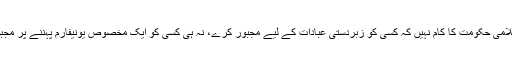
جواب: جی بالکل اسلامی حکومت کا کام نہیں کہ کسی کو زبردستی عبادات کے لیے مجبور کرے، نہ ہی کسی کو ایک مخصوص یونیفارم پہننے پر مجبور کیا جا سکتا ہے۔